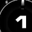
Digit: 1